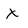
Character: x